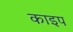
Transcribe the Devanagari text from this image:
काइप